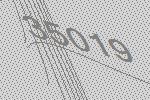
35019